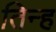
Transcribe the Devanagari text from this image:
तिन्ह